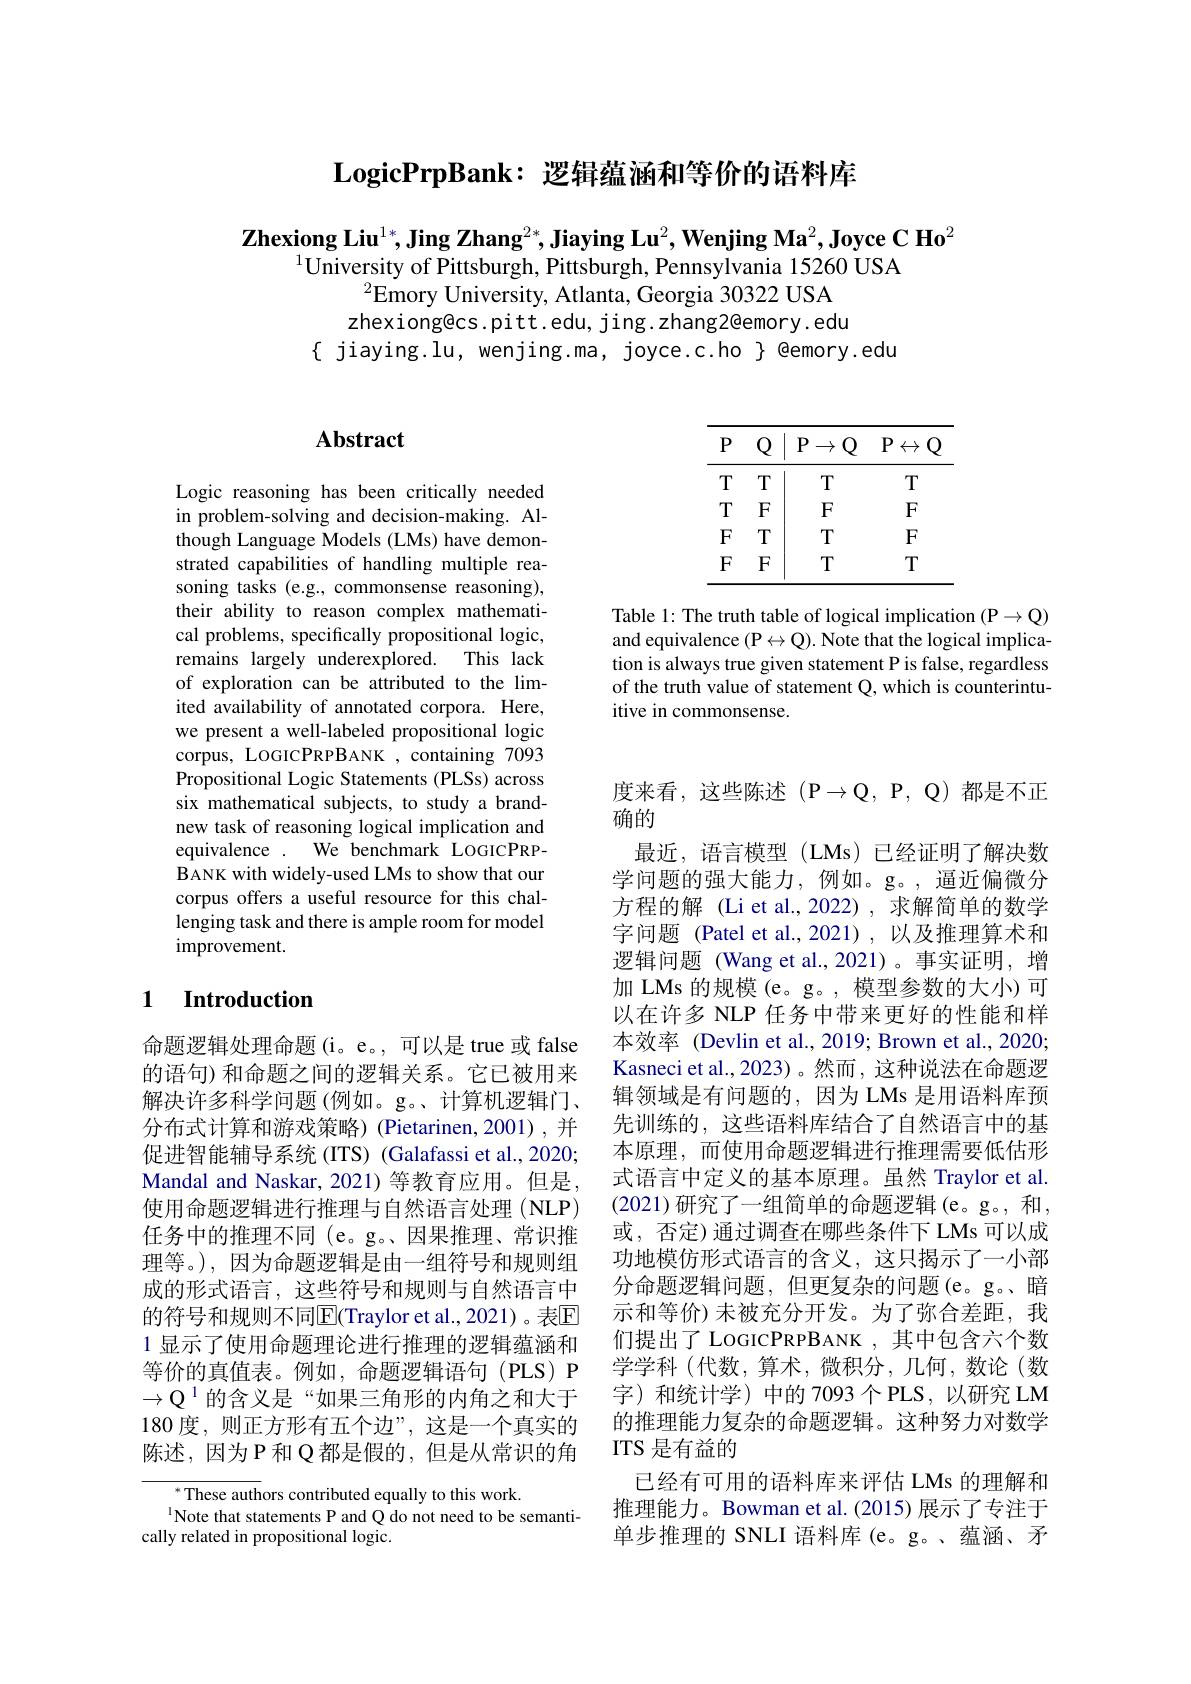
$\textbf{LogicPrpBank: 逻 辑 蕴 涵 和 等 价 的 语 料 库 }$

$\textbf{Zhexiong Liu}^{1*},\textbf{Jing Zhang}^{2*},\textbf{Jiaying Lu}^{2},\textbf{Wenjing Ma}^{2},\textbf{Joyce C Ho}^{2}$
$^{1}\bar{\text{University of Pittsburgh, Pittsburgh, Pennsylvania 15260 USA}}$
$^{2}\bar{\text{Emory University, Atlanta, Georgia 30322 USA}}$ zhexiong@cs.pitt.edu, jing.zhang2@emory.edu
$\{$ jiaying.lu, wenjing.ma, joyce.c.ho $\}$ @emory.edu

<table>
	<tbody>
		<tr>
			<th>$P$</th>
			<th>$\mathbb{Q}$</th>
			<th>$P$ $\rightarrow$</th>
			<th>$Q$ $P$ $\leftrightarrow$ $Q$</th>
		</tr>
		<tr>
			<td>$T$</td>
			<td>$T$</td>
			<td>$T$</td>
			<td>$T$</td>
		</tr>
		<tr>
			<td>$T$</td>
			<td>$F$</td>
			<td>$F$</td>
			<td>$F$</td>
		</tr>
		<tr>
			<td>$F$</td>
			<td>$T$</td>
			<td>$T$</td>
			<td>$F$</td>
		</tr>
		<tr>
			<td>$F$</td>
			<td>$F$</td>
			<td>$T$</td>
			<td>$T$</td>
		</tr>
	</tbody>
</table>

Table 1: The truth table of logical implication (P$\to\mathbb{Q})$ and equivalence $(\mathbb{P}\leftrightarrow\mathbb{Q}).$ Note that the logical implication is always true given statement P is false, regardless of the truth value of statement Q, which is counterintuitive in commonsense.

# Abstract

Logic reasoning has been critically needed in problem-solving and decision-making. Although Language Models (LMs) have demonstrated capabilities of handling multiple reasoning tasks (e.g., commonsense reasoning), their ability to reason complex mathematical problems, specifically propositional logic, remains largely underexplored. This lack of exploration can be attributed to the limited availability of annotated corpora. Here, we present a well-labeled propositional logic corpus, LOGICPRPBANK, containing 7093 Propositional Logic Statements (PLSs) across six mathematical subjects, to study a brandnew task of reasoning logical implication and equivalence . We benchmark LOGICPRPBANK with widely-used LMs to show that our corpus offers a useful resource for this challenging task and there is ample room for model improvement.

## 1 $\textbf{Introduction}$

命题逻辑处理命题(i。e。,可以是 true 或 false 的语句) 和命题之间的逻辑关系。它已被用来解决许多科学问题(例如。g。、计算机逻辑门、 分布式计算和游戏策略) (Pietarinen,2001),并促进智能辅导系统 (ITS) (Galafassi et al., 2020; Mandal and Naskar, 2021) 等教育应用。但是， 使用命题逻辑进行推理与自然语言处理(NLP) 任务中的推理不同 (e。g。、因果推理、常识推理等。),因为命题逻辑是由一组符号和规则组成的形式语言，这些符号和规则与自然语言中的符号和规则不同$\mathbb{E}$(Traylor et al., 2021)。表$\mathbb{E}$ 1 显示了使用命题理论进行推理的逻辑蕴涵和等价的真值表。例如，命题逻辑语句(PLS)P $\to\mathbb{Q}^1$的含义是“如果三角形的内角之和大于180 度，则正方形有五个边”, 这是一个真实的陈述，因为 P 和 Q 都是假的 , 但是从常识的角

$^{*}$These authors contributed equally to this work.
$^{1}$Note that statements P and Q do not need to be semanti-
cally related in propositional logic.

度来看，这些陈述(P$\to Q,P,Q)都是不正$
确的
最近，语言模型(LMs)已经证明了解决数学问题的强大能力，例如。g。,逼近偏微分方程的解 (Li et al.,2022),求解简单的数学字问题 (Patel et al.,2021),以及推理算术和逻辑问题 (Wang et al.,2021)。事实证明，增加 LMs 的规模 (e。g。, 模型参数的大小)可以在许多 NLP 任务中带来更好的性能和样本效率 (Devlin et al., 2019; Brown et al., 2020; Kasneci et al., 2023)。然而，这种说法在命题逻辑领域是有问题的，因为 LMs 是用语料库预先训练的，这些语料库结合了自然语言中的基本原理，而使用命题逻辑进行推理需要低估形式语言中定义的基本原理。虽然 Traylor et al (2021) 研究了一组简单的命题逻辑(e。g。, 和， 或，否定)通过调查在哪些条件下 LMs 可以成功地模仿形式语言的含义，这只揭示了一小部分命题逻辑问题，但更复杂的问题(e。g。暗示和等价)未被充分开发。为了弥合差距，我们提出了 LOGICPRPBANK , 其中包含六个数学学科 (代数，算术，微积分，几何，数论(数)) 字 ) 和 统 计 学 ) 中 的 7093个 PLS, 以 研 究 LM 的推理能力复杂的命题逻辑。这种努力对数学ITS 是有益的
已经有可用的语料库来评估 LMs 的理解和推理能力。Bowman et al.(2015) 展示了专注于单步推理的 SNLI 语料库 (e。g。、蕴涵、矛